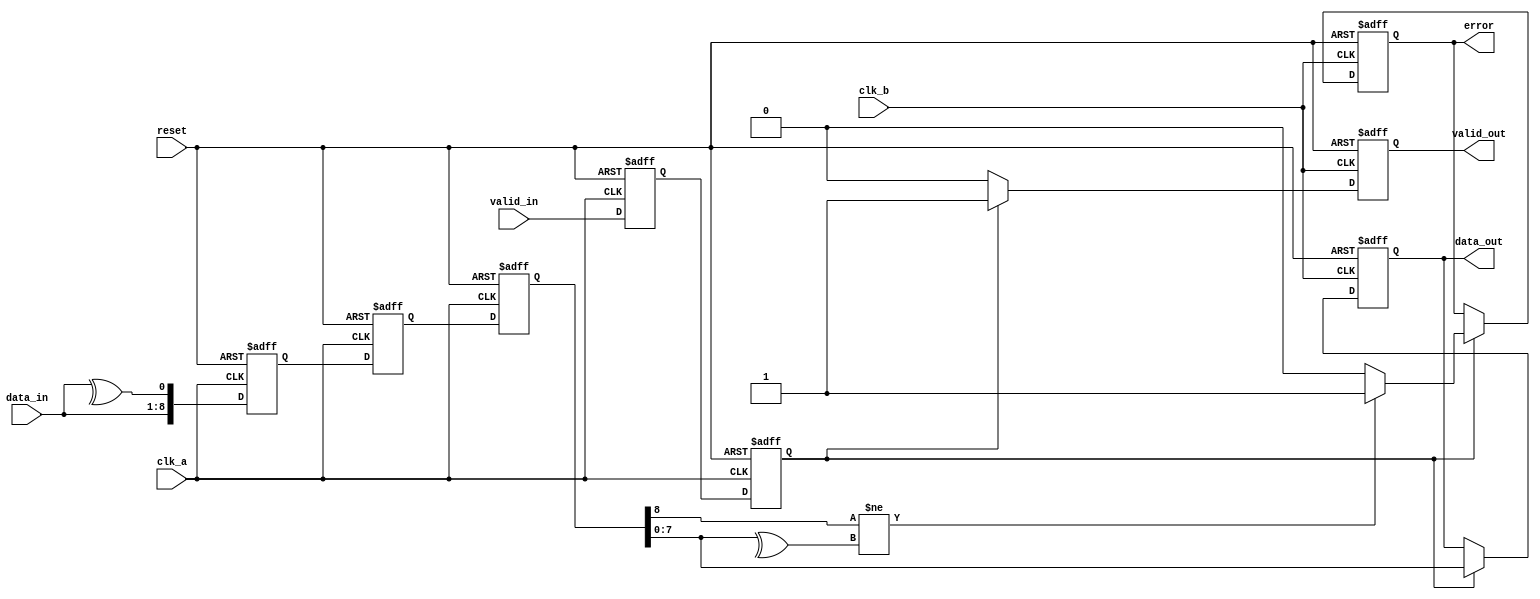
module cdc_with_error_detection (
    input wire        clk_a,       // Source clock domain
    input wire        clk_b,       // Destination clock domain
    input wire        reset,       // Reset signal for initialization
    input wire [7:0] data_in,     // Data input in CLK_A
    input wire        valid_in,    // Valid signal in CLK_A
    output reg [7:0] data_out,     // Synchronized data output in CLK_B
    output reg        valid_out,    // Synchronized valid signal in CLK_B
    output reg        error         // Error signal
);

    // Internal signals
    reg [8:0] data_with_parity; // Data with parity bit (8 data bits + 1 parity bit)
    reg valid_sync_1, valid_sync_2; // Synchronization signals for VALID
    reg [8:0] data_sync_1, data_sync_2; // Synchronization signals for DATA_IN with parity

    // Parity calculation
    always @(posedge clk_a or posedge reset) begin
        if (reset) begin
            data_with_parity <= 9'b0; // Reset the data with parity
        end else begin
            // Calculate parity bit
            data_with_parity <= {data_in, ^data_in}; // Last bit is the parity
        end
    end

    // Dual flip-flop synchronizer for VALID signal
    always @(posedge clk_a or posedge reset) begin
        if (reset) begin
            valid_sync_1 <= 1'b0;
            valid_sync_2 <= 1'b0;
        end else begin
            valid_sync_1 <= valid_in; // First stage of synchronization
            valid_sync_2 <= valid_sync_1; // Second stage of synchronization
        end
    end

    // Dual flip-flop synchronizer for DATA signal with parity
    always @(posedge clk_a or posedge reset) begin
        if (reset) begin
            data_sync_1 <= 9'b0;
            data_sync_2 <= 9'b0;
        end else begin
            data_sync_1 <= data_with_parity; // First stage of synchronization
            data_sync_2 <= data_sync_1; // Second stage of synchronization
        end
    end

    // Output logic in CLK_B domain
    always @(posedge clk_b or posedge reset) begin
        if (reset) begin
            data_out <= 8'b0;
            valid_out <= 1'b0;
            error <= 1'b0;
        end else begin
            // Check for valid data
            if (valid_sync_2) begin
                data_out <= data_sync_2[7:0]; // Get data
                valid_out <= 1'b1; // Set valid output
                // Check for parity error
                if (data_sync_2[8] != ^data_sync_2[7:0]) begin
                    error <= 1'b1; // Parity error detected
                end else begin
                    error <= 1'b0; // No error
                end
            end else begin
                valid_out <= 1'b0; // Clear valid output if not valid
            end
        end
    end

endmodule